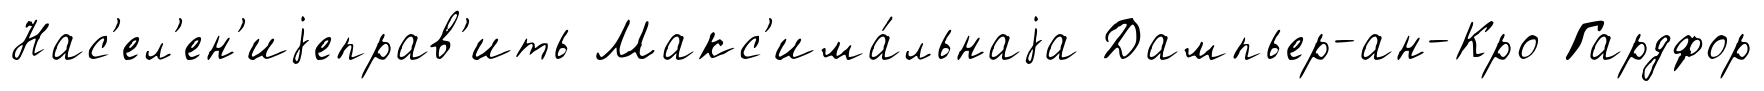
Нас'ел'ен'иjеправ'ить Макс'има́льнаjа Дампьер-ан-Кро Гардфор